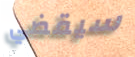
سيقضي